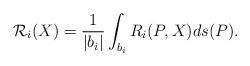
LaTeX: \begin{align*}\begin{aligned}& \mathcal{R}_i(X)=\frac{1}{|b_i|}\int_{b_i}R_i(P,X)ds(P).\end{aligned}\end{align*}